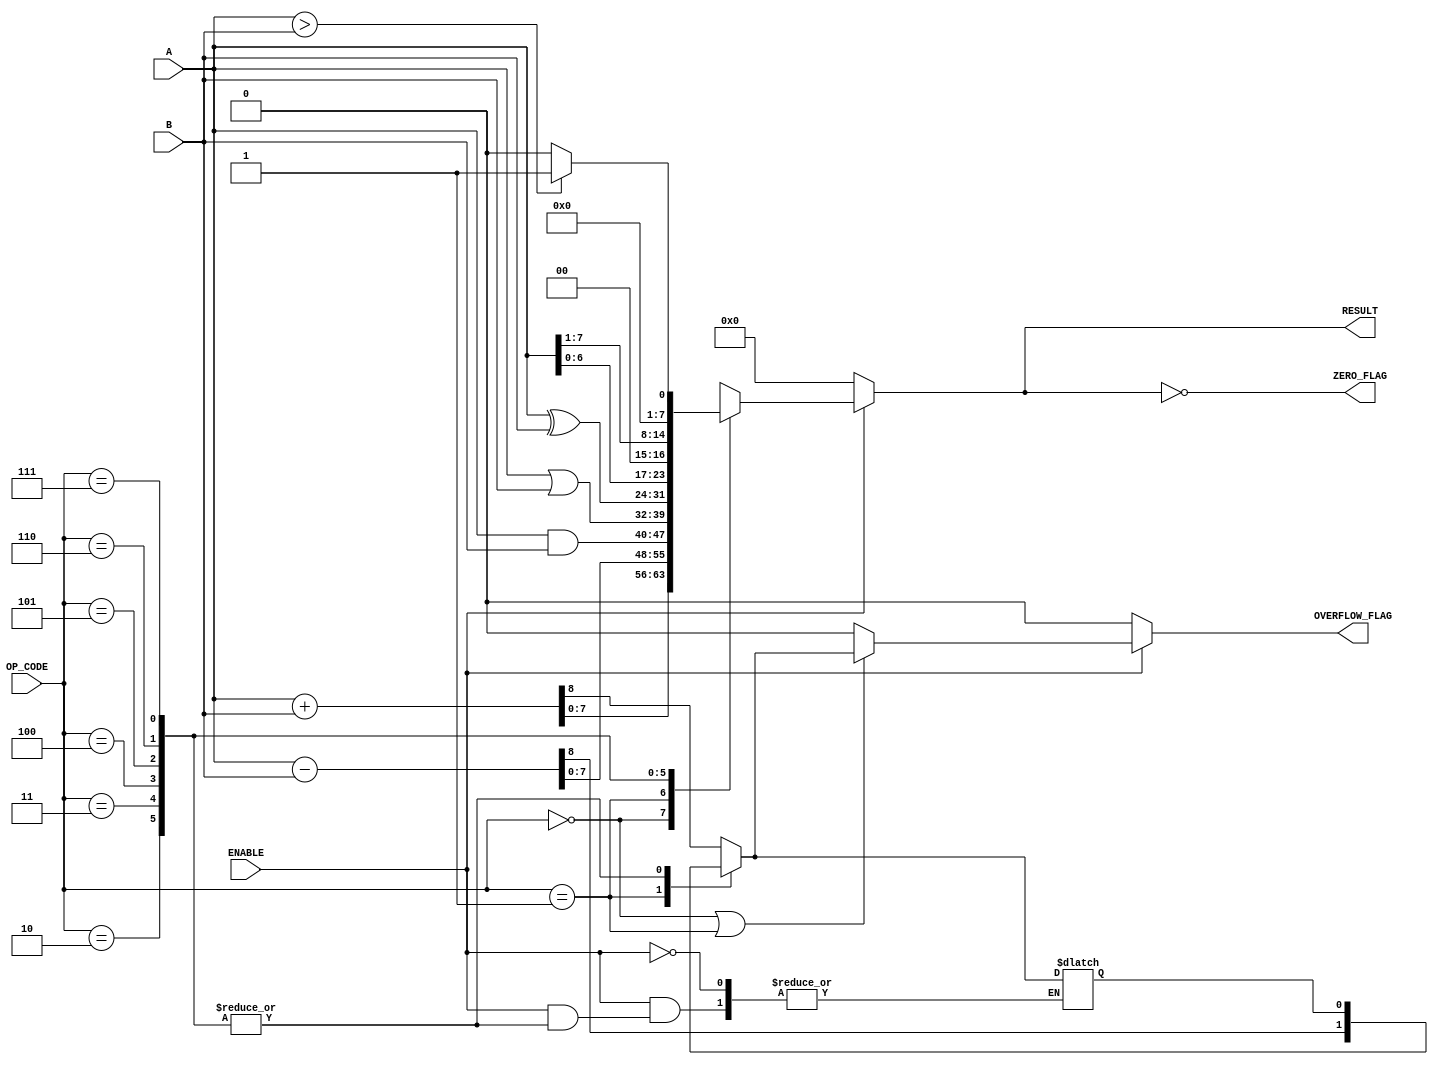
module parameterized_alu #(
    parameter DATA_WIDTH = 8,         // Default data width
    parameter OPERATION_COUNT = 3      // Default operation count (e.g., 8 operations)
)(
    input  wire [DATA_WIDTH-1:0] A,   // First operand
    input  wire [DATA_WIDTH-1:0] B,   // Second operand
    input  wire [OPERATION_COUNT-1:0] OP_CODE, // Operation code
    input  wire ENABLE,                // Enable signal
    output reg  [DATA_WIDTH-1:0] RESULT, // Result of the operation
    output reg ZERO_FLAG,              // Zero flag
    output reg OVERFLOW_FLAG            // Overflow flag
);

    // Internal signals
    reg [DATA_WIDTH-1:0] temp_result;
    reg overflow;

    // ALU operations
    always @(*) begin
        if (ENABLE) begin
            case (OP_CODE)
                // Addition
                3'b000: begin
                    {overflow, temp_result} = A + B; // Capture overflow
                    RESULT = temp_result;
                end
                // Subtraction
                3'b001: begin
                    {overflow, temp_result} = A - B; // Capture overflow
                    RESULT = temp_result;
                end
                // Bitwise AND
                3'b010: RESULT = A & B;
                // Bitwise OR
                3'b011: RESULT = A | B;
                // Bitwise XOR
                3'b100: RESULT = A ^ B;
                // Shift left
                3'b101: RESULT = A << 1;
                // Shift right
                3'b110: RESULT = A >> 1;
                // Comparison (greater than)
                3'b111: RESULT = (A > B) ? 1 : 0; // Single bit result for comparison
                default: RESULT = 0; // Default case
            endcase
            
            // Set overflow flag only for addition and subtraction
            OVERFLOW_FLAG = (OP_CODE == 3'b000 || OP_CODE == 3'b001) ? overflow : 0;

        end else begin
            // If not enabled, output default values
            RESULT = 0;
            OVERFLOW_FLAG = 0;
        end

        // Set zero flag
        ZERO_FLAG = (RESULT == 0);
    end

endmodule